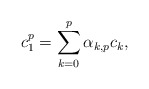
\begin{align*}c_1^p=\sum\limits _{k=0}^p\alpha_{k,p}c_k,\end{align*}